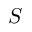
S